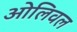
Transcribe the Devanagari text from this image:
ओलिवल